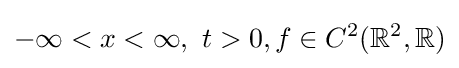
-\infty <x<\infty ,\,\,t>0,f\in C^{2}(\mathbb {R} ^{2},\mathbb {R} )